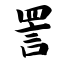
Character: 詈